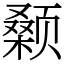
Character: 颡